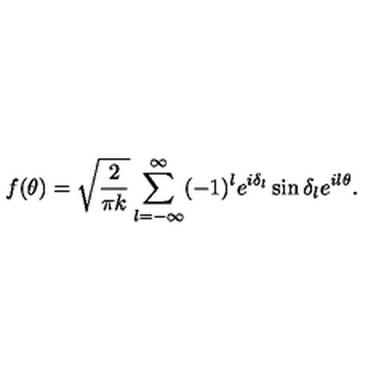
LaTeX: f ( \theta ) = \sqrt { \frac { 2 } { \pi k } } \sum _ { l = - \infty } ^ { \infty } ( - 1 ) ^ { l } e ^ { i \delta _ { l } } \sin \delta _ { l } e ^ { i l \theta } .